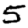
Digit: 5